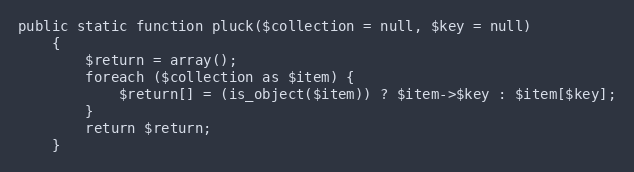
Language: PHP
public static function pluck($collection = null, $key = null)
    {
        $return = array();
        foreach ($collection as $item) {
            $return[] = (is_object($item)) ? $item->$key : $item[$key];
        }
        return $return;
    }